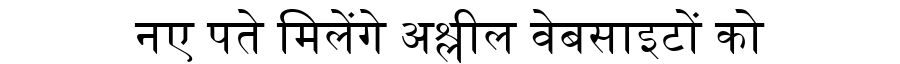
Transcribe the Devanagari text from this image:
नए पते मिलेंगे अश्लील वेबसाइटों को